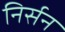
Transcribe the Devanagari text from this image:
निर्सन